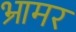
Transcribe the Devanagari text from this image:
भ्रामर